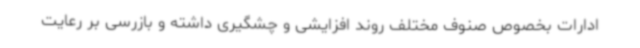
ادارات بخصوص صنوف مختلف روند افزایشی و چشگیری داشته و بازرسی بر رعایت